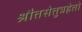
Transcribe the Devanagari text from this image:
श्रौतसेतुत्रहेतो